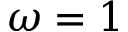
\omega = 1